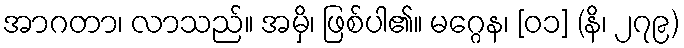
အာဂတာ၊ လာသည်။ အမှိ၊ ဖြစ်ပါ၏။ မဂ္ဂေန၊ [၀၁] (နိ၊ ၂၇၉)